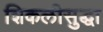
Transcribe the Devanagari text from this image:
शिकलीसुद्धा